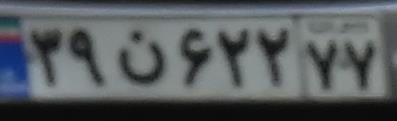
۳۹ن۶۲۲۷۷